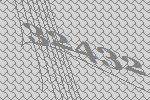
32432